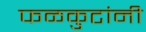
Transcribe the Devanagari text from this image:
फळकुटांनी